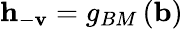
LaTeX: \mathbf{h}_{-\mathbf{v}}=g_{BM}\left(\mathbf{b}\right)